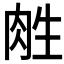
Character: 𰮛